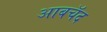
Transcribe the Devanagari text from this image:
आबचॅद